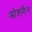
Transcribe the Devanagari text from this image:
ओशमैन